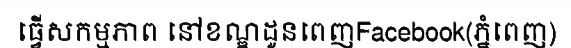
ធ្វើសកម្មភាព នៅខណ្ឌដូនពេញFacebook(ភ្នំពេញ)